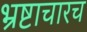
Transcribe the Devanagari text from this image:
भ्रष्टाचारच